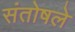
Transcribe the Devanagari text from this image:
संतोषले